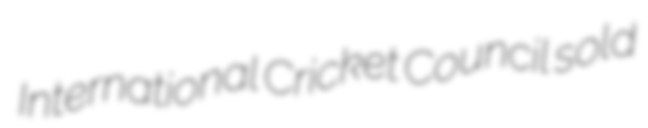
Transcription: International Cricket Council sold